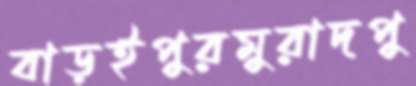
বাড়ইপুরমুরাদপু